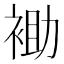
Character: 𰳾